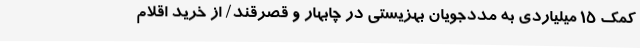
کمک 15 میلیاردی به مددجویان بهزیستی در چابهار و قصرقند/ از خرید اقلام